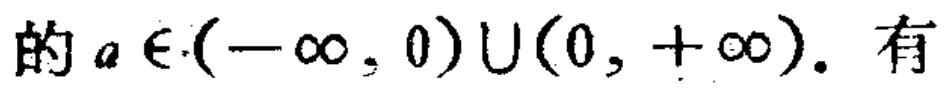
的\(a \in (-\infty, 0)\cup(0, +\infty)\). 有